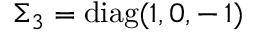
\Sigma _ { 3 } = \mathrm { d i a g } ( 1 , 0 , - \, 1 )